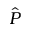
\hat { P }